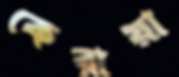
কেরায়া